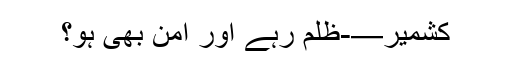
کشمیر—-ظلم رہے اور امن بھی ہو؟